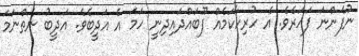
ނުފެންނަ ފަހަރެވެ. އެ ހުރިހާކަމެއް ފޫބައްދައިދިނީ ހަމަ އެ އަދީބެވެ. އަދީބު ނެތްނަމަ